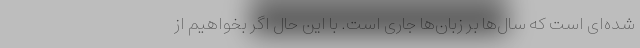
شده‌ای است که سال‌ها بر زبان‌ها جاری است. با این حال اگر بخواهیم از